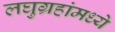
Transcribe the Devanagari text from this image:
लघुग्रहांमध्ये